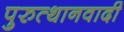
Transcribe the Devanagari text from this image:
पुरुत्थानवादी